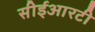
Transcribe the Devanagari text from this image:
सीईआरटी